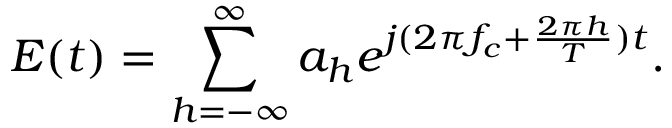
E ( t ) = \sum _ { h = - \infty } ^ { \infty } a _ { h } e ^ { j ( 2 \pi f _ { c } + \frac { 2 \pi h } { T } ) t } .